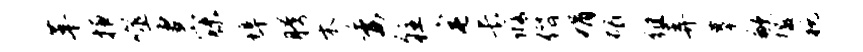
革掖噬妻寐埠胯木委往宅长修僭娟碣徂弄摹歉楹税